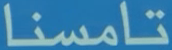
تامسنا